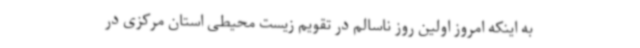
به اینکه امروز اولین روز ناسالم در تقویم زیست محیطی استان مرکزی در